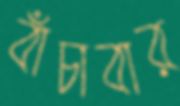
বাঁচাবার